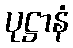
ပုဋ္ဌာနံ